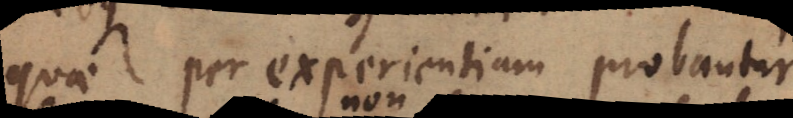
quae per experientiam probantur